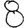
Digit: 8